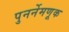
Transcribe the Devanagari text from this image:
पुनर्नेमणूक